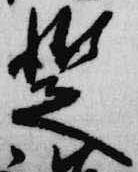
蹔